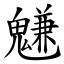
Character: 魐